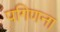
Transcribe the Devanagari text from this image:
पगिणना